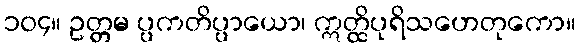
၁၀၄။ ဥတ္တမ ပ္ပကတိပ္ပာယော၊ ဣတ္ထိပုရိသဟေတုကော။